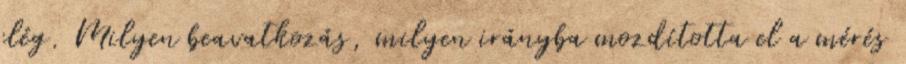
elég. Milyen beavatkozás, milyen irányba mozdította el a mérés